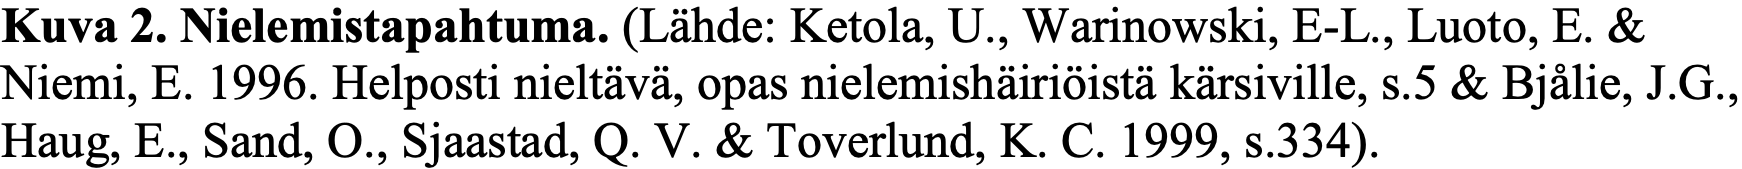
Kuva 2. Nielemistapahtuma. (Lähde: Ketola, U., Warinowski, E-L., Luoto, E. & Niemi, E. 1996. Helposti nieltävä, opas nielemishäiriöistä kärsiville, s.5 & Bjålie, J.G., Haug, E., Sand, O., Sjaastad, Q. V. & Toverlund, K. C. 1999, s.334).